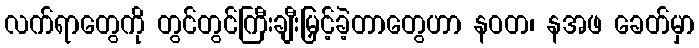
လက်ရာတွေကို တွင်တွင်ကြီးချီးမြှင့်ခဲ့တာတွေဟာ နဝတ၊ နအဖ ခေတ်မှာ